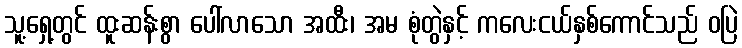
သူ့ရှေ့တွင် ထူးဆန်းစွာ ပေါ်လာသော အထီး၊ အမ စုံတွဲနှင့် ကလေးငယ်နှစ်ကောင်သည် ဝပြဲ